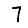
Digit: 7